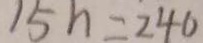
1 5 h = 2 4 0